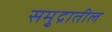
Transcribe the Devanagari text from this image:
समु्द्रातील